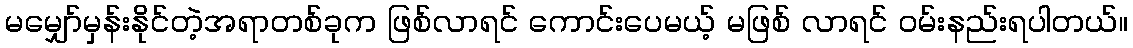
မမျှော်မှန်းနိုင်တဲ့အရာတစ်ခုက ဖြစ်လာရင် ကောင်းပေမယ့် မဖြစ် လာရင် ဝမ်းနည်းရပါတယ်။